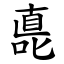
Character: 嗭